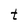
Character: t